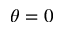
\theta = 0